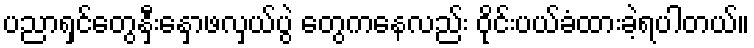
ပညာရှင်တွေနှီးနှောဖလှယ်ပွဲ တွေကနေလည်း ဝိုင်းပယ်ခံထားခဲ့ရပါတယ်။